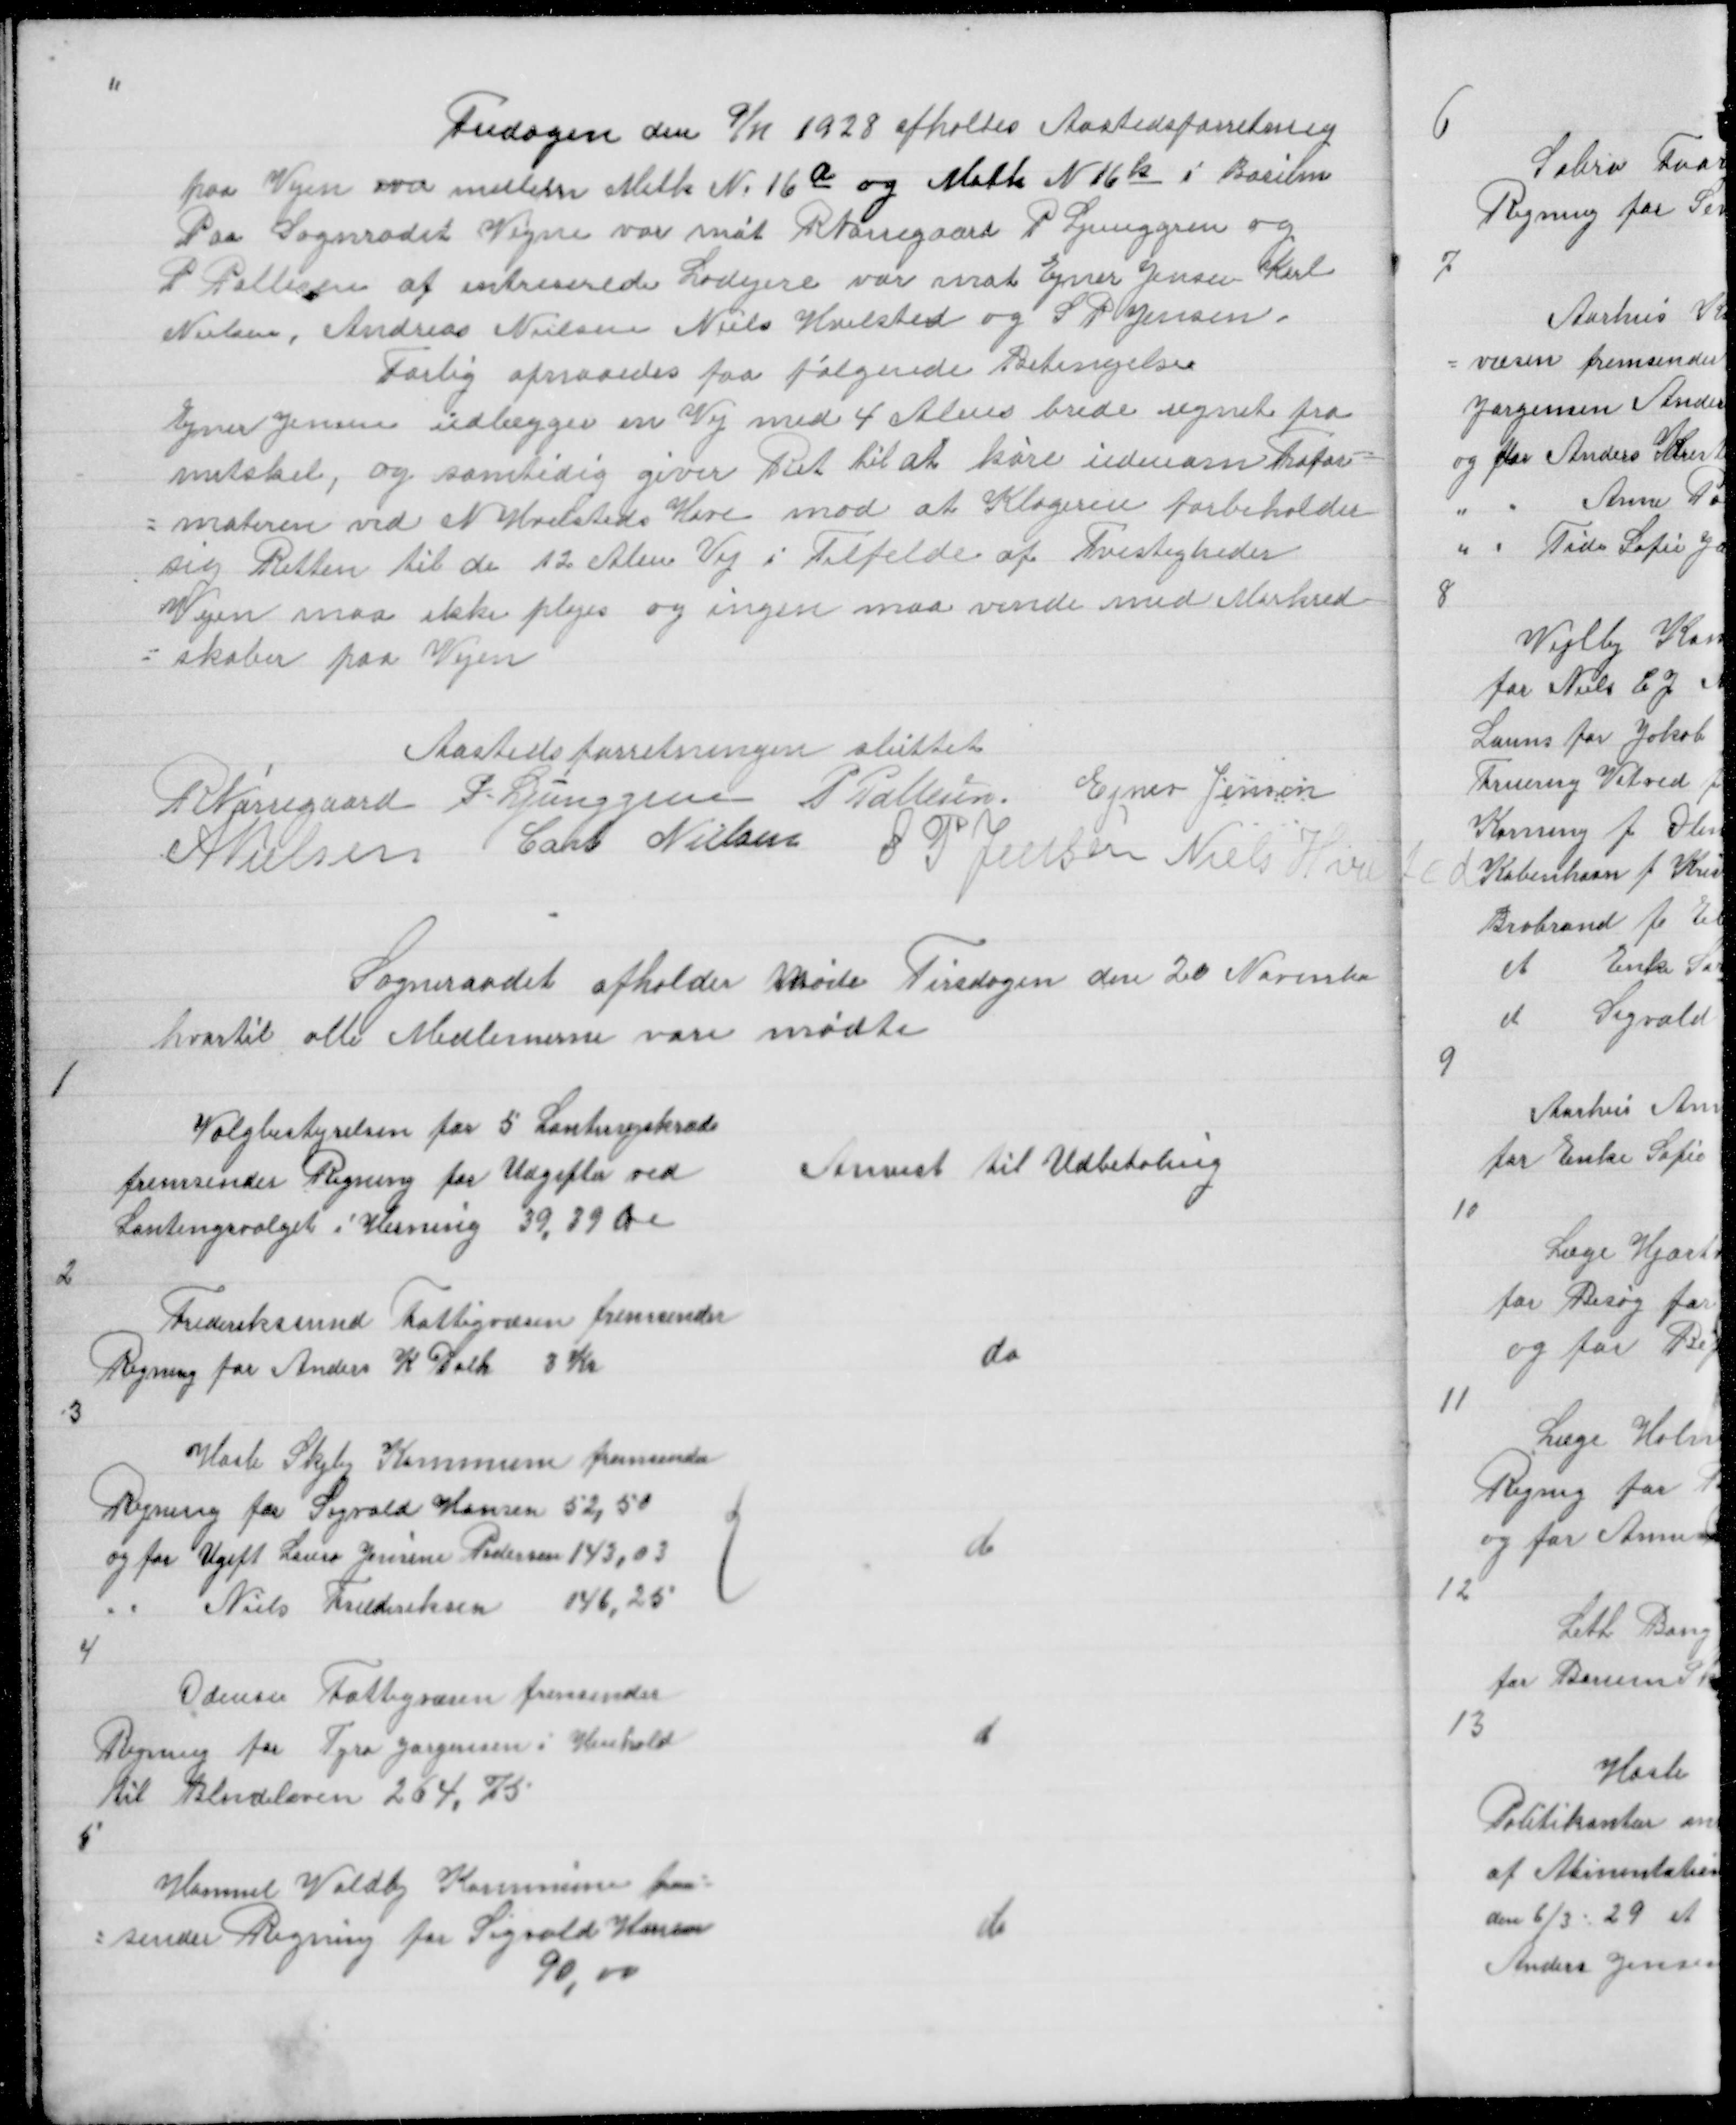
Transskription:
Fredagen den 9/11 1928 afholtes Aastedsforretnig
paa Vejen over mellem Matk N 16 a og Matk N 16 K i Borum
Paa Sogneraadet Vegne var møt R Nørregaard P Ljunggren og
P Pallesen af intreserede Lodejere var møt Ejner Jensen  Karl
Nielsen, Andreas Nielsen Niels Hvilsted og S P Jensen
Forlig opnaaedes paa følgende Betingelser
Ejner Jensen udlægger en Vej med 4 Alens Brede regnet fra
mitskel, og samtidig giver Ret til at køre indenom Trafor =
= materen ved N Hvilsteds Have mod at Klageren forbeholder
sig Retten til til de 12 Alen Vej i Tilfelde af Tvistigheder
Vejen maa ikke pløjes og ingen maa vende med Markred =
= skaber paa Vejen
Aastedforretningen sluttet
R Nørregaard P. Ljunggren P Pallesen Ejner Jensen
A Nielsen Carl Nielsen
S P Jensen Niels Hvilsted

Sogneraadet afholder Møde Tirsdagen den 20 Novmber
hvortil alle Medlemerne vare mødte

1

Valgbestyrelsen for 5 Lantingskreds
fremsender Regning for Udgifter ved
Lantingsvalget i Herning 39,39 Øre

Anvist til Udbetaling

2

Frederiksund Fattigvæsen fremsender
Regning for Anders K Dalh 3 Kr

do

3

Hasle Skejby Kommune fremsender
Regning for Sigvald Hansen 52,50
og for Ugift Laura Jensine Pedersen 143,03
" Niels Frederiksen 146,25

{

do

4
Odensen Fattigvæsen fremsender
Regning for Tyra Jørgensen i Henhold
til Blindeloven 264,75

d

5

Hammel Voldby Kommune frem =
= sender Regning for Sigvald Hansen
90,00

do